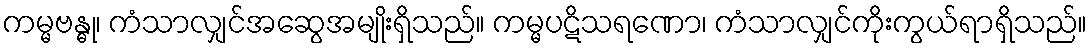
ကမ္မဗန္ဓု၊ ကံသာလျှင်အဆွေအမျိုးရှိသည်။ ကမ္မပဋိသရဏော၊ ကံသာလျှင်ကိုးကွယ်ရာရှိသည်။